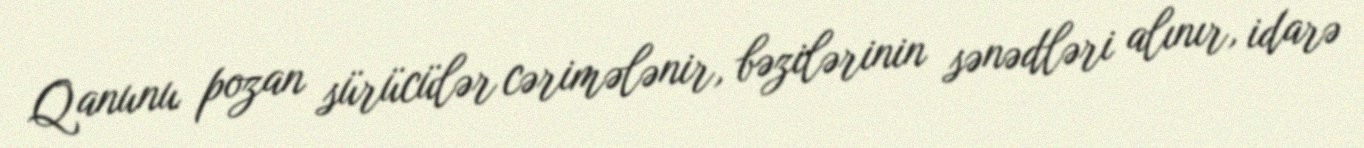
Qanunu pozan sürücülər cərimələnir, bəzilərinin sənədləri alınır, idarə